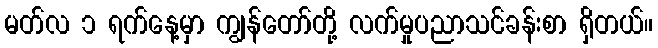
မတ်လ ၁ ရက်နေ့မှာ ကျွန်တော်တို့ လက်မှုပညာသင်ခန်းစာ ရှိတယ်။